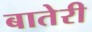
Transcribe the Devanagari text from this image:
बातेरी